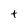
Character: t